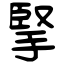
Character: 掔